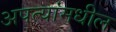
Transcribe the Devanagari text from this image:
अपत्यांमधील